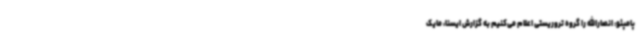
پامپئو: انصارالله را گروه تروریستی اعلام می‌کنیم به گزارش ایسنا، مایک